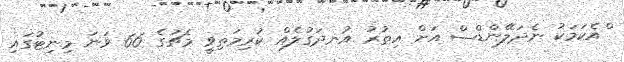
ްްއެކަމަކު ނެދަލޭންޑްސް އަށް އިތުރު އުނދަގުލެއް ކުރިމަތިވީ މެޗުގެ 66 ވަނަ މިނިޓުގައި